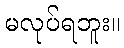
မလုပ်ရဘူး။